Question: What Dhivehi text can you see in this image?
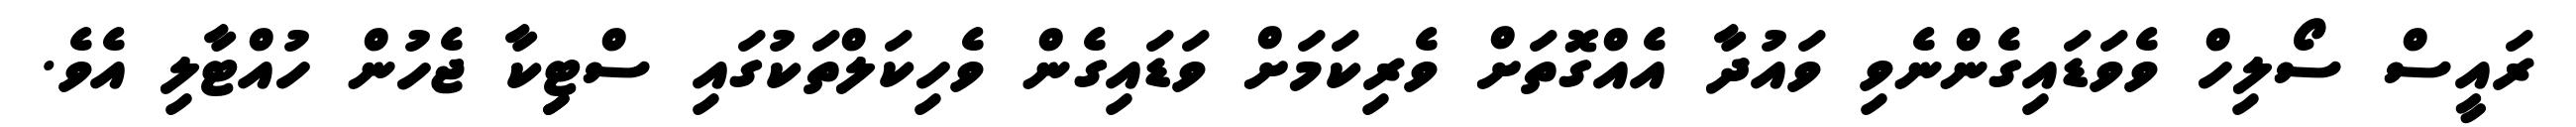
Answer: ރައީސް ސޯލިހް ވެވަޑައިގެންނެވި ވައުދާ އެއްގޮތަށް ވެރިކަމަށް ވަޑައިގެން ވެހިކަލްތަކުގައި ސްޓިިކާ ޖެހުން ހުއްޓާލި އެވެ.